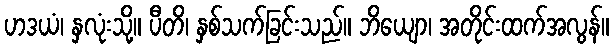
ဟဒယံ၊ နှလုံးသို့။ ပီတိ၊ နှစ်သက်ခြင်းသည်။ ဘိယျော၊ အတိုင်းထက်အလွန်။